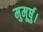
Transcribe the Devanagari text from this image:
मुमूर्षु।